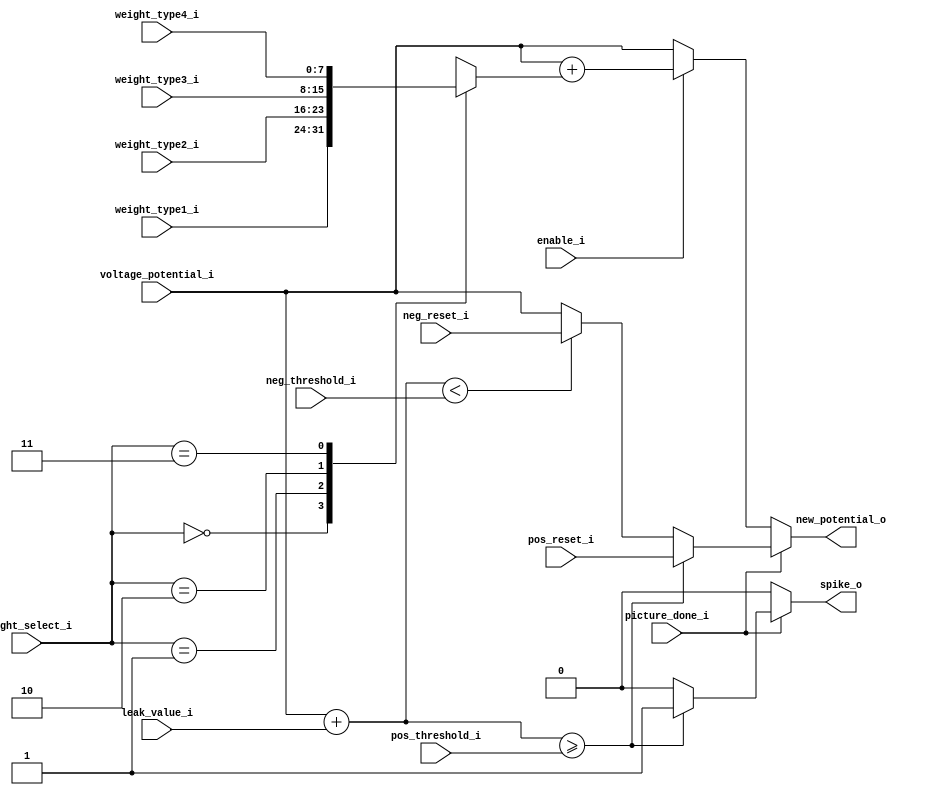
module neuron_block (
    input signed [7:0] voltage_potential_i, // Current voltage potential
    input signed [7:0] pos_threshold_i,     // Positive threshold
    input signed [7:0] neg_threshold_i,     // Negative threshold
    input signed [7:0] leak_value_i,        // Leak value
    input signed [7:0] weight_type1_i,      // 1st weight type
    input signed [7:0] weight_type2_i,      // 2nd weight type
    input signed [7:0] weight_type3_i,      // 3rd weight type
    input signed [7:0] weight_type4_i,      // 4th weight type
    input [1:0] weight_select_i,     // Weight selection
    input signed [7:0] pos_reset_i,         // Positive reset
    input signed [7:0] neg_reset_i,         // Negative reset
    input enable_i,                  // Enable signal
    input picture_done_i,
    output reg signed [7:0] new_potential_o, // New voltage potential - changed to reg
    output reg spike_o               // Spike output (1-bit) - changed to reg
);

    reg signed [7:0] selected_weight;
    reg signed [7:0] potential_calc; // changed to reg

    // Adjusted Weight selection
    always @(*) begin
        case(weight_select_i)
            2'd0: selected_weight = weight_type1_i;
            2'd1: selected_weight = weight_type2_i;
            2'd2: selected_weight = weight_type3_i;
            2'd3: selected_weight = weight_type4_i;
            default: selected_weight = 8'b0;
        endcase
    end

    // Neuron logic
    always @(*) begin
        potential_calc = 0;
        spike_o = 0;
        
        if (!picture_done_i) begin 
            if (enable_i == 1) begin
                // Calculate potential
                new_potential_o = voltage_potential_i + selected_weight;
                spike_o = 0;
            end else begin
                new_potential_o = voltage_potential_i;
                spike_o = 0;
            end
        end
    
        else begin
            potential_calc = voltage_potential_i + leak_value_i;
            // Check for spike
            if (potential_calc >= pos_threshold_i) begin
                new_potential_o = pos_reset_i;
                spike_o = 1;
            end else if (potential_calc < neg_threshold_i) begin
                new_potential_o = neg_reset_i;
                spike_o = 0;
            end else begin
                spike_o = 0;
                new_potential_o = voltage_potential_i;
            end
        end
    end

endmodule